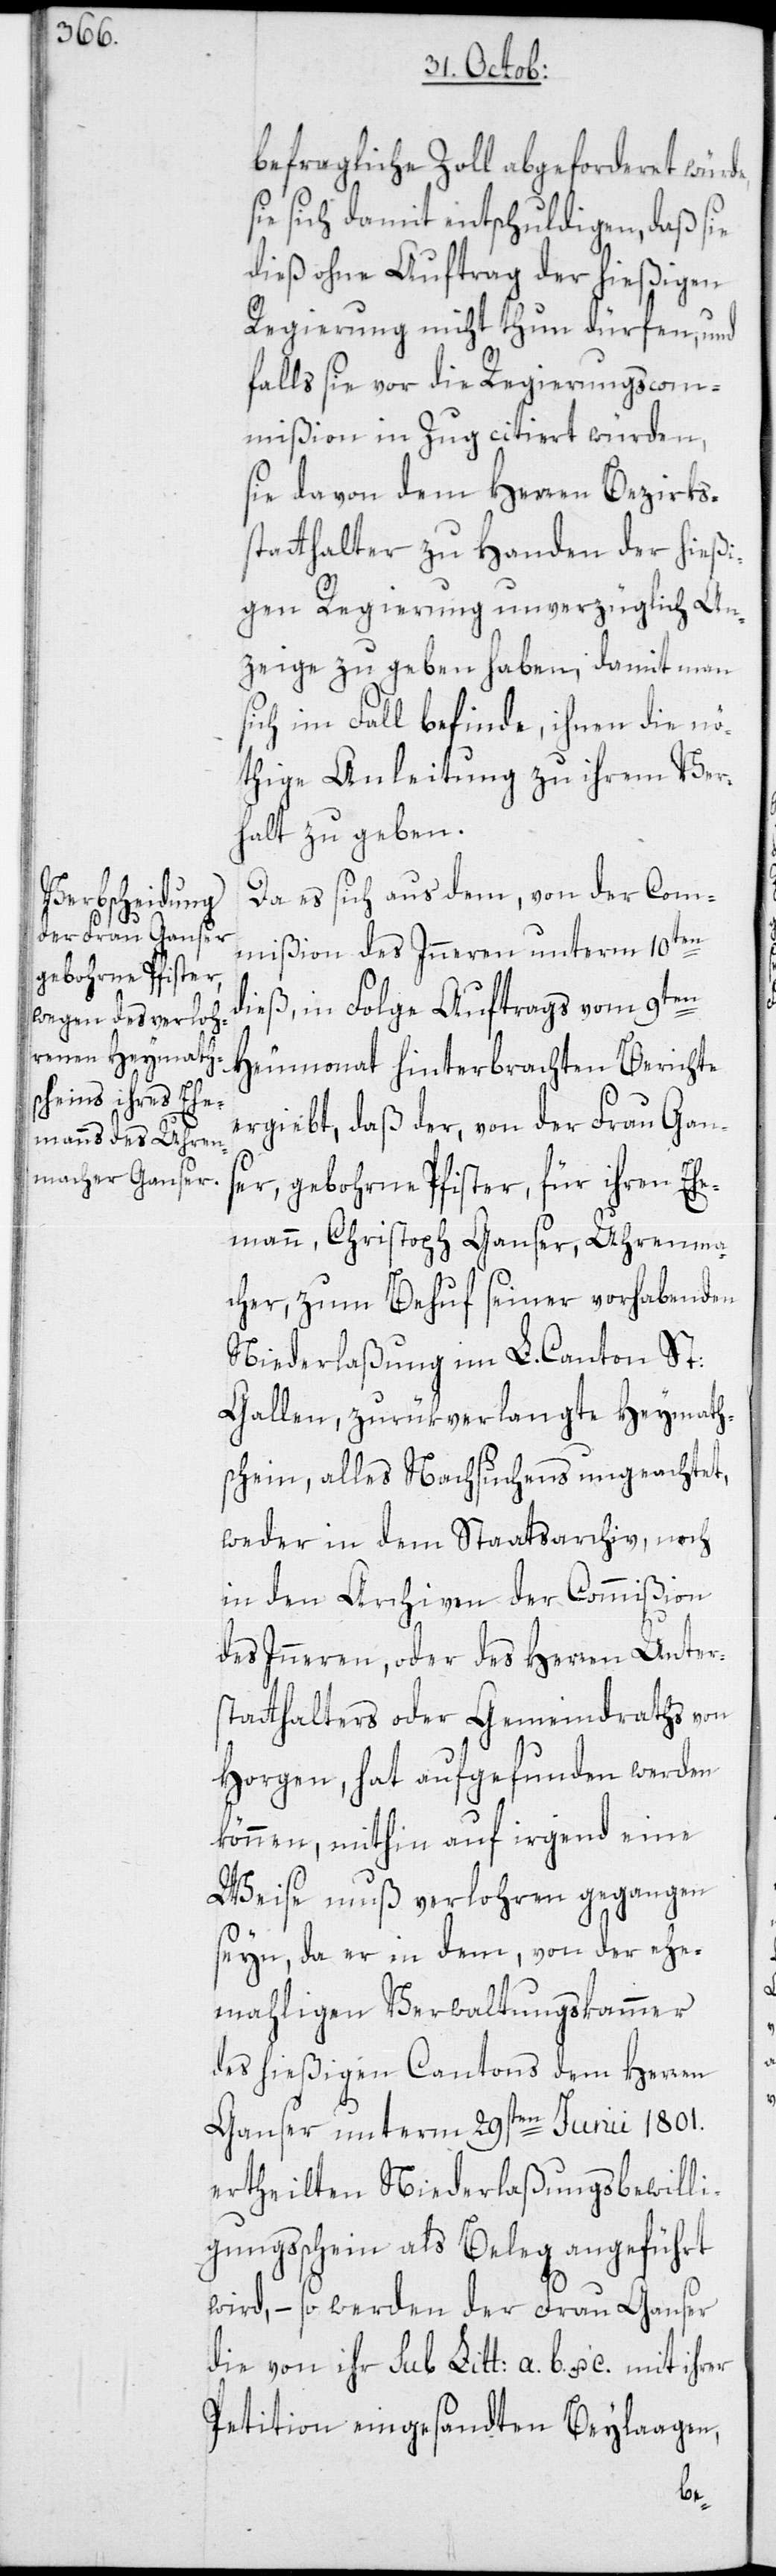
befragliche Zoll abgeforderet würde,
sie sich damit entschuldigen, daß sie
dieß ohne Auftrag der hießigen
Regierung nicht thun dürfen, und
falls sie vor die Regierungscom¬
mißion in Zug citiert würden,
sie davon dem Herren Bezirks¬
statthalter zu Handen der hießi¬
gen Regierung unverzüglich An¬
zeige zu geben haben, damit man
sich im Fall befinde, ihnen die nö¬
thige Anleitung zu ihrem Ver¬
halt zu geben.
Da es sich aus dem, von der Com¬
mißion des Inneren unterm 10ten
dieß, in Folge Auftrags vom 9ten
Heumonat hinterbrachten Berichte
ergiebt, daß der, von der Frau Gans¬
er- gebohrne Pfister, für ihren Ehe¬
mann, Christoph Ganser, Uhrenma¬
cher, zum Behuf seiner vorhabenden
Niederlaßung im L. Canton St:
Gallen, zurükverlangte Heymath¬
schein, alles Nachsuchens ungeachtet,
weder in dem Staatsarchiv, noch
in den Archiven der Commißion
des Inneren, oder des Herren Unter¬
statthalters oder Gemeindraths von
Horgen, hat aufgefunden werden
können, mithin auf irgend eine
Weise muß verlohren gegangen
seyn, da er in dem, von der ehe¬
mahligen Verwaltungskammer
des hießigen Cantons dem Herren
Ganser unterm 29sten Junii 1801.
ertheilten Niederlaßungsbewilli¬
gungsschein als Beleg angeführt
wird, – so werden der Frau Ganser
die von ihr sub Litt: a.[,] b. u. c.
Petition eingesandten Beylaagen,